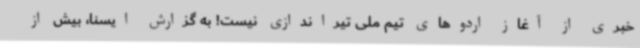
خبری از آغاز اردوهای تیم ملی تیراندازی نیست! به گزارش ایسنا، بیش از